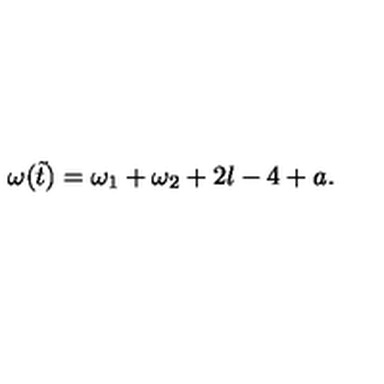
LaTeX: \omega ( \tilde { t } ) = \omega _ { 1 } + \omega _ { 2 } + 2 l - 4 + a .